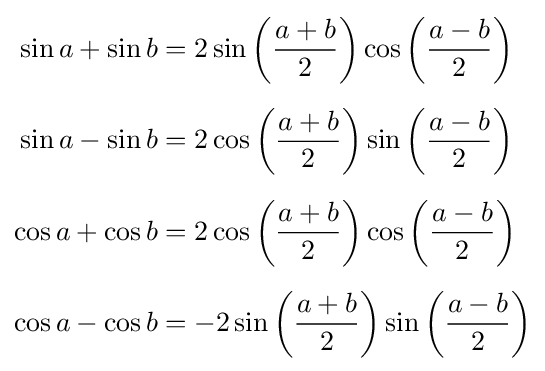
{\begin{aligned}\sin a+\sin b&=2\sin \left({\frac {a+b}{2}}\right)\cos \left({\frac {a-b}{2}}\right)\\[5pt]\sin a-\sin b&=2\cos \left({\frac {a+b}{2}}\right)\sin \left({\frac {a-b}{2}}\right)\\[5pt]\cos a+\cos b&=2\cos \left({\frac {a+b}{2}}\right)\cos \left({\frac {a-b}{2}}\right)\\[5pt]\cos a-\cos b&=-2\sin \left({\frac {a+b}{2}}\right)\sin \left({\frac {a-b}{2}}\right)\end{aligned}}